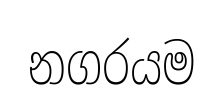
නගරයම